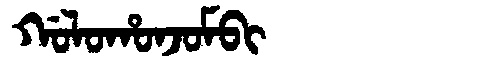
Manchu: ᡤᠣᠯᠣᡥᠣᠨᠵᠣᠮᠪᡳ
Romanization: GOLOHONJOMBI